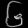
Digit: ၆